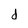
Character: d